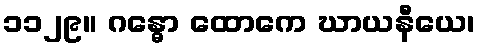
၁၁၂၉။ ဂန္ဓော ထောကေ ဃာယနီယေ၊